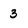
Character: 3